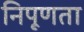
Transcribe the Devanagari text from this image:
निपूणता